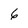
Character: 6